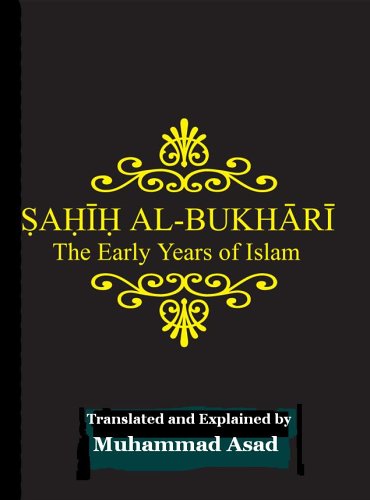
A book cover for Sahih Al Bukhari: Early Years of Islam; Asad Muhammed; Religion & Spirituality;